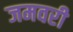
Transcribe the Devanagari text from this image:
जमवरी